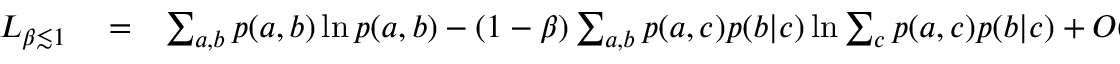
\begin{array} { r l r } { L _ { \beta \lesssim 1 } } & { { } = } & { \sum _ { a , b } p ( a , b ) \ln p ( a , b ) - ( 1 - \beta ) \sum _ { a , b } p ( a , c ) p ( b | c ) \ln \sum _ { c } p ( a , c ) p ( b | c ) + { \cal O } ( [ 1 - \beta ] ^ { 2 } ) } \end{array}